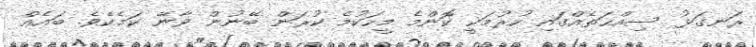
ރަނގަޅު ސިއްޙަތެއްގައި ހުރުމަކީ ކޮންމެ މީހަކުމެ ކުރަން ބޭނުން ވާނޭ ކަމެކެވެ. ބައެއް